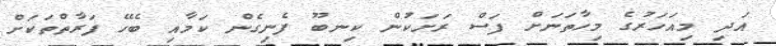
އަދި މިއަހަރުގެ މިހާތަނަށް ފަސް ރަށަކުން ކިނބޫ ފެނިގެން ކަމާއި ބެހޭ ފަރާތްތަކަށް